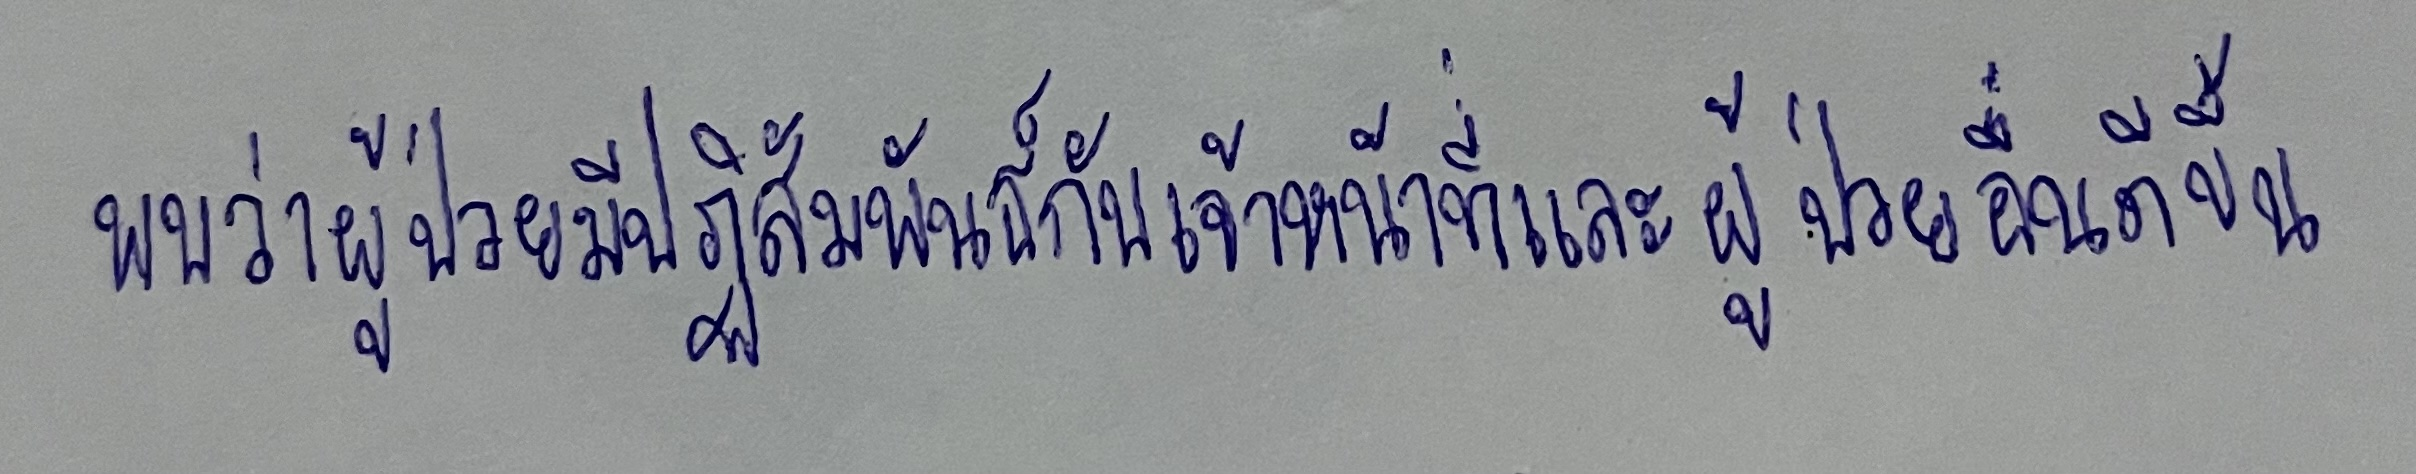
พบว่าผู้ป่วยมีปฏิสัมพันธ์กับเจ้าหน้าที่และผู้ป่วยอื่นดีขึ้น